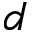
d